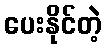
ပေးနိုင်တဲ့